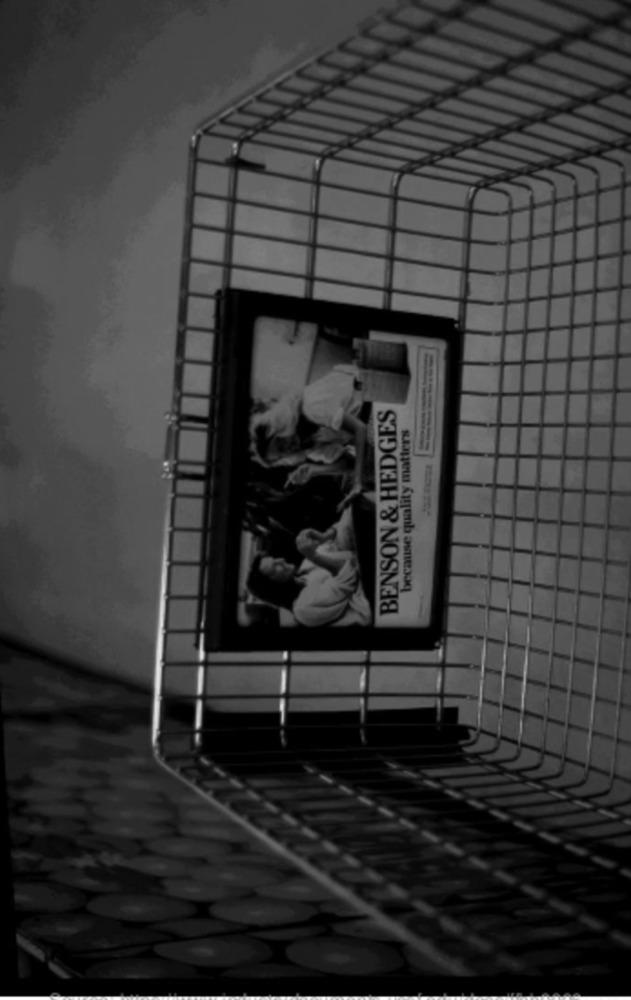
BENSON & HEDGES
because quality matters